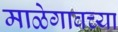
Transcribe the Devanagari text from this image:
माळेगावच्या